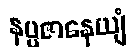
နပ္ပဇာနေယျံ